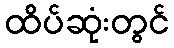
ထိပ်ဆုံးတွင်